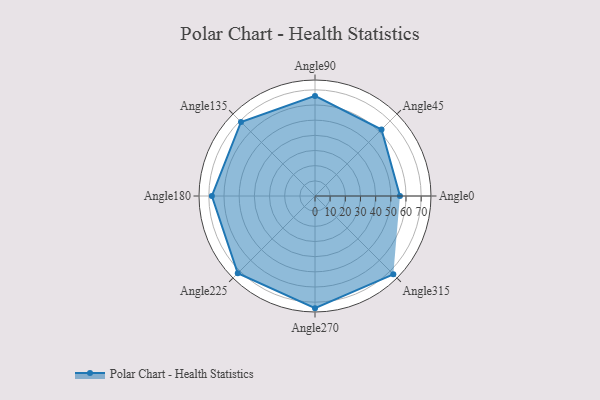
{"axis": {"x": "Angle", "y": "Radius"}, "legend": [""], "data": [{"x": "Angle0", "y": 56.0, "type": ""}, {"x": "Angle45", "y": 62.0, "type": ""}, {"x": "Angle90", "y": 66.0, "type": ""}, {"x": "Angle135", "y": 69.0, "type": ""}, {"x": "Angle180", "y": 68.0, "type": ""}, {"x": "Angle225", "y": 72.0, "type": ""}, {"x": "Angle270", "y": 74.0, "type": ""}, {"x": "Angle315", "y": 73.0, "type": ""}]}